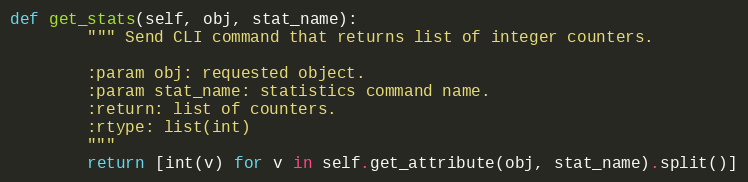
Language: Python
def get_stats(self, obj, stat_name):
        """ Send CLI command that returns list of integer counters.

        :param obj: requested object.
        :param stat_name: statistics command name.
        :return: list of counters.
        :rtype: list(int)
        """
        return [int(v) for v in self.get_attribute(obj, stat_name).split()]